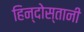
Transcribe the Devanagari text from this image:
हिन्दोस्तानी